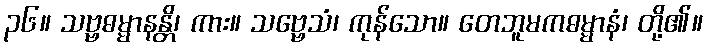
၃၆။ သဗ္ဗဓမ္မာနန္တိ၊ ကား။ သဗ္ဗေသံ၊ ကုန်သော။ တေဘူမကဓမ္မာနံ၊ တို့၏။